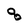
Character: q